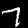
Label: 7